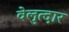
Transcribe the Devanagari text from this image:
वेलुत्दार